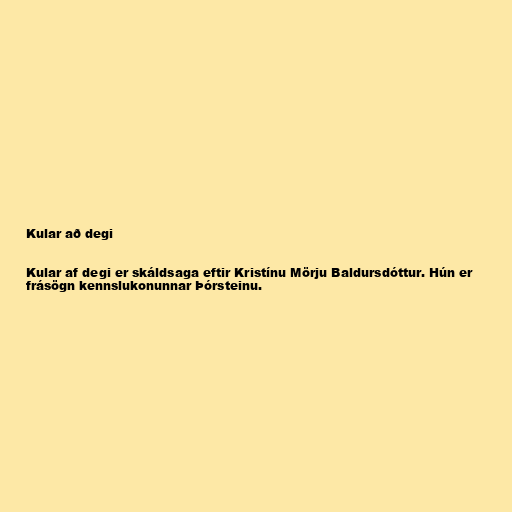
Kular að degi

Kular af degi er skáldsaga eftir Kristínu Mörju Baldursdóttur. Hún er
frásögn kennslukonunnar Þórsteinu.